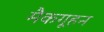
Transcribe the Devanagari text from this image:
मैकगूहन